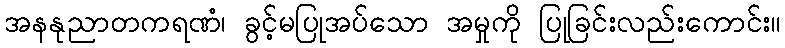
အနနုညာတကရဏံ၊ ခွင့်မပြုအပ်သော အမှုကို ပြုခြင်းလည်းကောင်း။